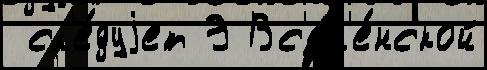
 сл'е́дуjет Э Вс'ел'е́нской